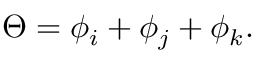
{ \Theta = \phi _ { i } + \phi _ { j } + \phi _ { k } . }